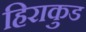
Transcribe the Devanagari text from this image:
हिराकुड